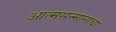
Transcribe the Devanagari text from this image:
आत्मसन्मानाचा